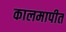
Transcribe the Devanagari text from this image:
कालमापीत